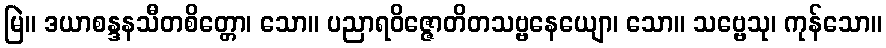
မြဲ။ ဒယာစန္ဒနသီတစိတ္တော၊ သော။ ပညာရဝိဇ္ဇောတိတသဗ္ဗနေယျော၊ သော။ သဗ္ဗေသု၊ ကုန်သော။